Document type: Sale
Year: 1439
Scribe: Arnau d'Illes
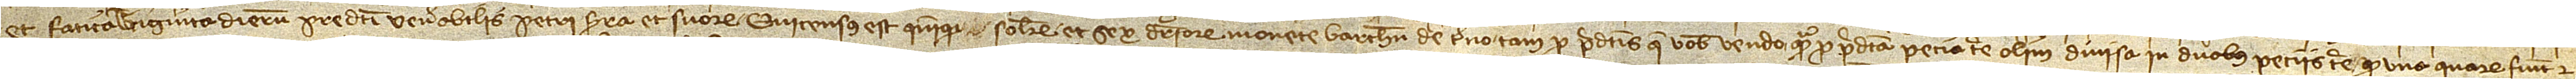
et fatica triginta dierum predicti venerabilis Petri Serra et suorum. Qui census est quinque solidorum et sex denariorum monete Barchinone de terno, tam pro predictis que vobis vendo quam pro predicta pecia terre olim divissa in duobus peciis terre, quod una quarum fuit et